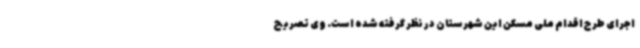
اجرای طرح اقدام ملی مسکن این شهرستان در نظر گرفته شده است. وی تصریح